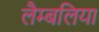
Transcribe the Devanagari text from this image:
लैम्बलिया